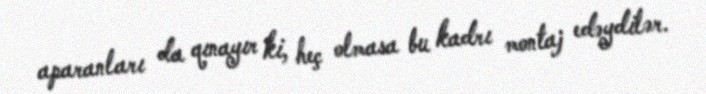
aparanları da qınayır ki, heç olmasa bu kadrı montaj edəydilər.